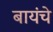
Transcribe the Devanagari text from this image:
बायंचे